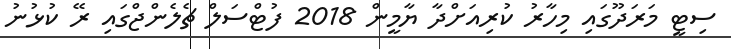
ސިޓީ މަރަދޫގައި މިހާރު ކުރިއަށްދާ ޔާމީން 2018 ފުޓްސަލް ޗެލެންޖްގައި ރޭ ކުޅުނު